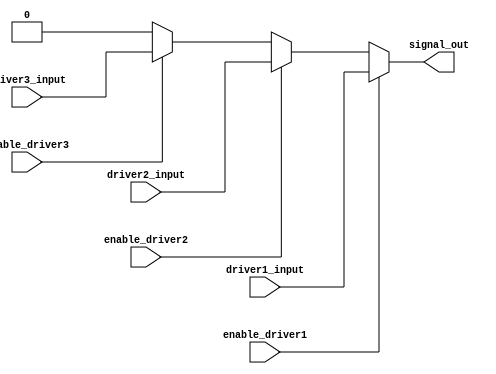
module multiple_drivers(
    input wire driver1_input,
    input wire driver2_input,
    input wire driver3_input,
    input wire enable_driver1,
    input wire enable_driver2,
    input wire enable_driver3,
    output wire signal_out
);

    // Declare the signal that can be driven by multiple sources
    wire driver1_output, driver2_output, driver3_output;
    
    // Driver 1: Highest priority
    assign driver1_output = enable_driver1 ? driver1_input : 1'bz; // High impedance if not enabled

    // Driver 2: Medium priority
    assign driver2_output = enable_driver2 ? driver2_input : 1'bz; // High impedance if not enabled

    // Driver 3: Lowest priority
    assign driver3_output = enable_driver3 ? driver3_input : 1'bz; // High impedance if not enabled

    // Continuous assignment with priority resolution
    assign signal_out = (enable_driver1) ? driver1_input :
                        (enable_driver2) ? driver2_input :
                        (enable_driver3) ? driver3_input :
                        1'b0; // Default value if no driver is enabled

endmodule